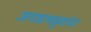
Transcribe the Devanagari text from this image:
जगन्नाथबुवांचा